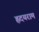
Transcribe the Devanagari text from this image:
ह्रदयराम